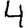
Digit: 4